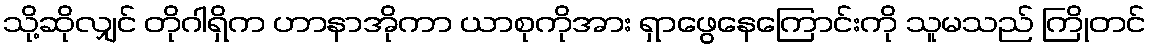
သို့ဆိုလျှင် တိုဂါရှိက ဟာနာအိုကာ ယာစုကိုအား ရှာဖွေနေကြောင်းကို သူမသည် ကြိုတင်